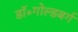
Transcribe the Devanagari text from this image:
डॉ॰गोल्डबर्ग